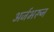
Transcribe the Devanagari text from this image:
अर्जभरून